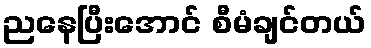
ညနေပြီးအောင် စီမံချင်တယ်